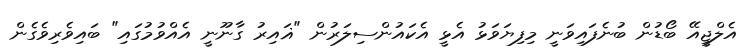
އެލްޖީއޭ ބޯޑުން ބުނެފައިވަނީ މިފިޔަވަޅު އެޅީ އެކައުންސިލަރުން "ޣައިރު ގާނޫނީ އެއްވުމުގައި" ބައިވެރިވެގެން